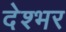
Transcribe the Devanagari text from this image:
देश्भर